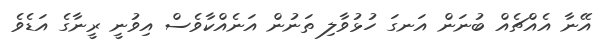
އޭނާ އެއްޗެއް ބުނަން އަނގަ ހުޅުވާލި ތަނުން އަނެއްކާވެސް އިވުނީ ރީނާގެ އަޑެވެ